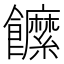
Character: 䭧